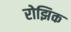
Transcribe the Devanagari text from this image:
रोझिक